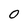
Character: 0